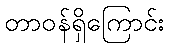
တာဝန်ရှိကြောင်း